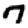
Digit: 7